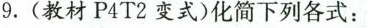
9.(教材P4T2变式)化简下列各式：